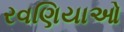
રવણિયાઓ